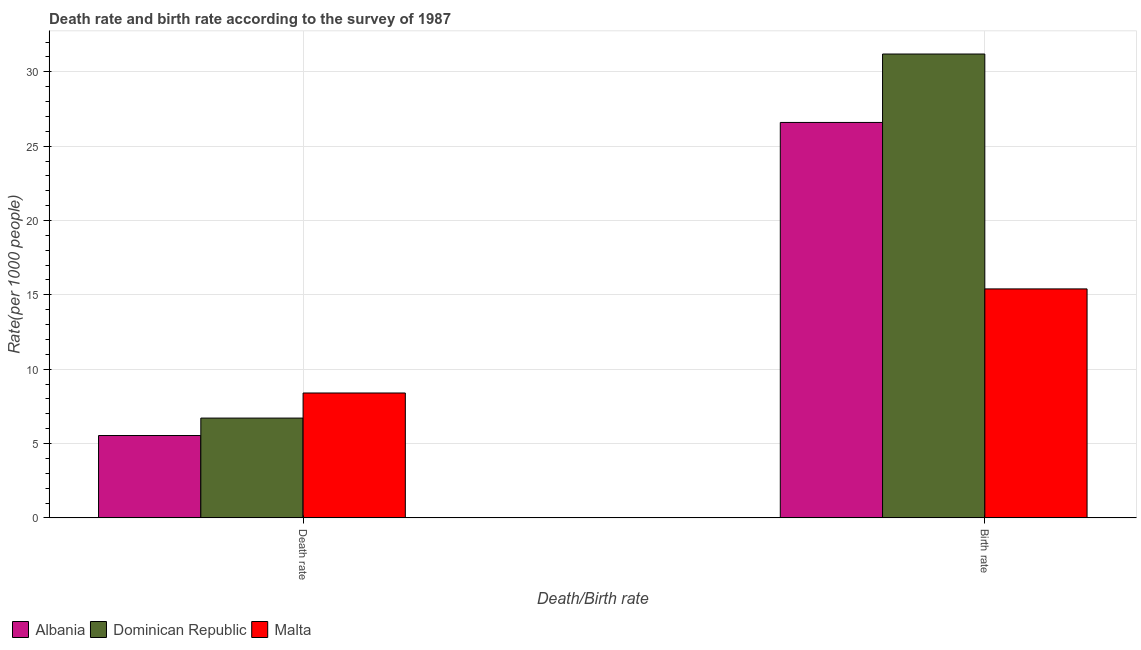
| Death/Birth rate | Albania | Dominican Republic | Malta |
 | --- | --- | --- | --- |
 | Death rate | 5.54 | 6.71 | 8.4 |
 | Birth rate | 26.6 | 31.2 | 15.4 |